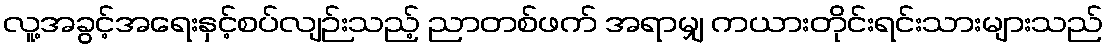
လူ့အခွင့်အရေးနှင့်စပ်လျဉ်းသည့် ညာတစ်ဖက် အရာမျှ ကယားတိုင်းရင်းသားများသည်